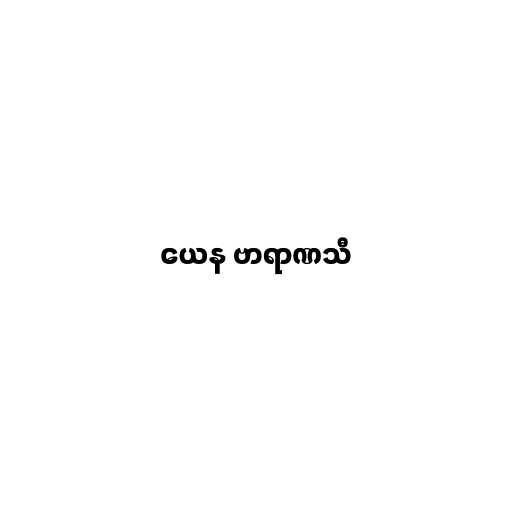
ယေန ဗာရာဏသီ